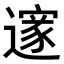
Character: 𮟏